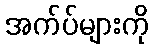
အက်ပ်များကို